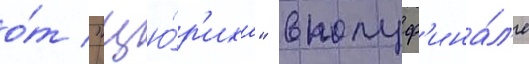
о́т "цю́р'иха" в полуф'ина́л'е